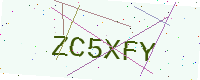
Text: ZC5XFY